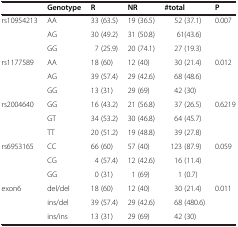
|  | Genotype | R | NR | #total | P |
 | --- | --- | --- | --- | --- | --- |
 | <ROWSPAN=3> rs10954213 | AA | 33 (63.5) | 19 (36.5) | 52 (37.1) | <ROWSPAN=3> 0.007 |
 | AG | 30 (49.2) | 31 (50.8) | 61(43.6) |
 | GG | 7 (25.9) | 20 (74.1) | 27 (19.3) |
 | <ROWSPAN=3> rs1177589 | AA | 18 (60) | 12 (40) | 30 (21.4) | <ROWSPAN=3> 0.012 |
 | AG | 39 (57.4) | 29 (42.6) | 68 (48.6) |
 | GG | 13 (31) | 29 (69) | 42 (30) |
 | <ROWSPAN=3> rs2004640 | GG | 16 (43.2) | 21 (56.8) | 37 (26.5) | <ROWSPAN=3> 0.6219 |
 | GT | 34 (53.2) | 30 (46.8) | 64 (45.7) |
 | TT | 20 (51.2) | 19 (48.8) | 39 (27.8) |
 | <ROWSPAN=3> rs6953165 | CC | 66 (60) | 57 (40) | 123 (87.9) | <ROWSPAN=3> 0.059 |
 | CG | 4 (57.4) | 12 (42.6) | 16 (11.4) |
 | GG | 0 (31) | 1 (69) | 1 (0.7) |
 | <ROWSPAN=3> exon6 | del/del | 18 (60) | 12 (40) | 30 (21.4) | <ROWSPAN=3> 0.011 |
 | ins/del | 39 (57.4) | 29 (42.6) | 68 (480.6) |
 | ins/ins | 13 (31) | 29 (69) | 42 (30) |